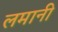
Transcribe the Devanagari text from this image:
लमानी